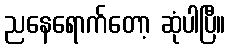
ညနေရောက်တော့ ဆုံပါပြီ။